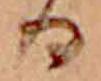
る